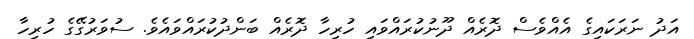
އަދު ނަރަކައިގެ އެއްވެސް ދޮރެއް ދޫނުކުރައްވައި ހުރިހާ ދޮރެއް ބަންދުކުރައްވައެވެ. ސުވަރުގޭގެ ހުރިހާ